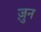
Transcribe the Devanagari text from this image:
ज़ुन